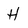
Character: H